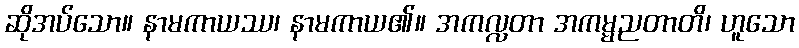
ဆိုအပ်သော။ နာမကာယဿ၊ နာမကာယ၏။ အကလ္လတာ အကမ္မညတာတိ၊ ဟူသော